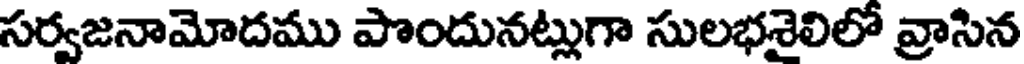
సర్వజనామోదము పొందునట్లుగా సులభశైలిలో వ్రాసిన